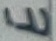
Text: E